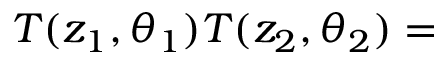
T ( z _ { 1 } , \theta _ { 1 } ) T ( z _ { 2 } , \theta _ { 2 } ) =